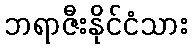
ဘရာဇီးနိုင်ငံသား